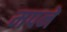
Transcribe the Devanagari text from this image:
मपने